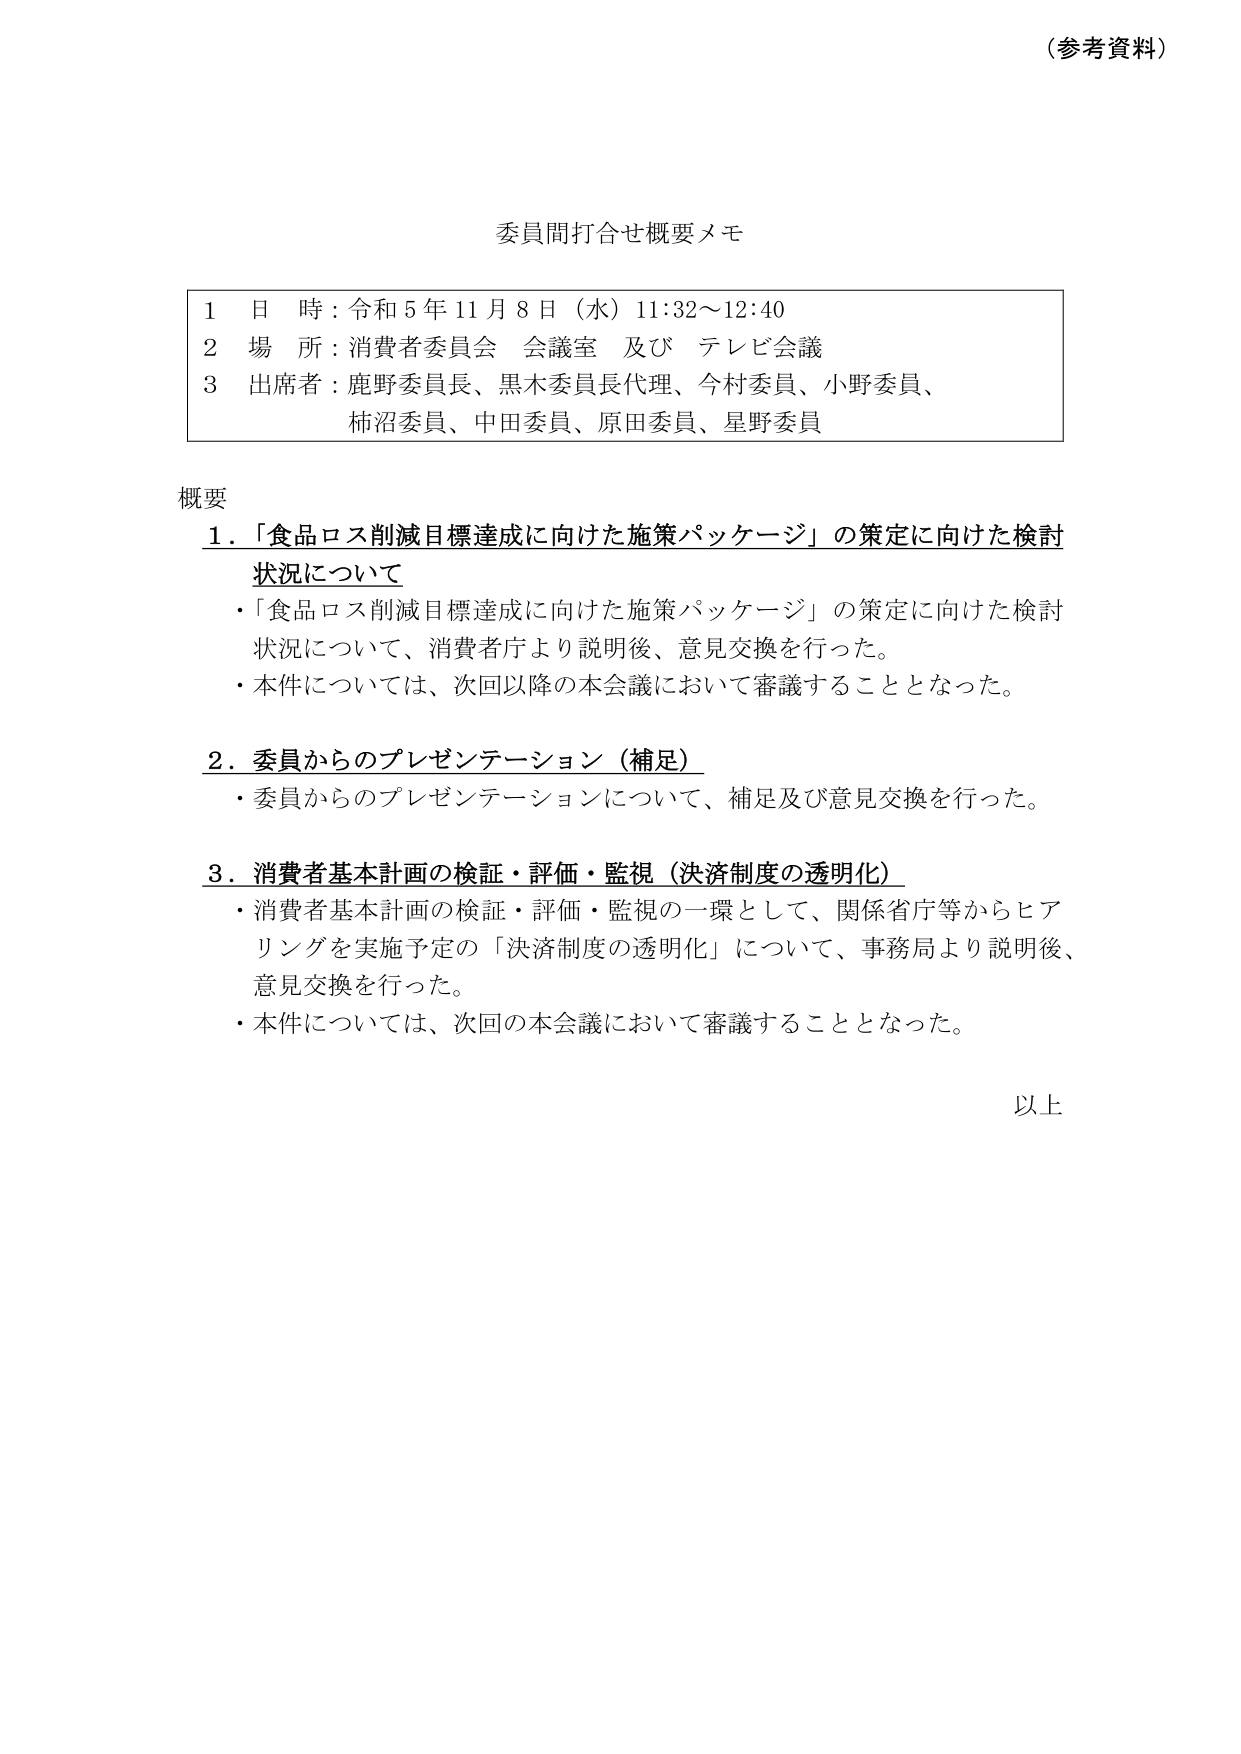
（参考資料）

委員間打合せ概要メモ

1 日 時：令和5年11月8日（水）11:32～12:40
2 場 所：消費者委員会 会議室 及び テレビ会議
3 出席者：鹿野委員長、黒木委員長代理、今村委員、小野委員、
　　　　　柿沼委員、中田委員、原田委員、星野委員

概要

1．「食品ロス削減目標達成に向けた施策パッケージ」の策定に向けた検討状況について
・「食品ロス削減目標達成に向けた施策パッケージ」の策定に向けた検討状況について、消費者庁より説明後、意見交換を行った。
・本件については、次回以降の本会議において審議することとなった。

2．委員からのプレゼンテーション（補足）
・委員からのプレゼンテーションについて、補足及び意見交換を行った。

3．消費者基本計画の検証・評価・監視（決済制度の透明化）
・消費者基本計画の検証・評価・監視の一環として、関係省庁等からヒアリングを実施予定の「決済制度の透明化」について、事務局より説明後、意見交換を行った。
・本件については、次回の本会議において審議することとなった。

以上